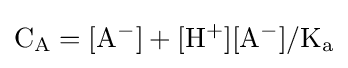
\mathrm {C_{A}=[A^{-}]+[H^{+}][A^{-}]/K_{a}}